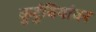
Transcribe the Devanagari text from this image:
कुटुंबियांवर